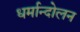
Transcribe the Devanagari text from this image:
धर्मान्दोलन